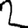
Digit: 2